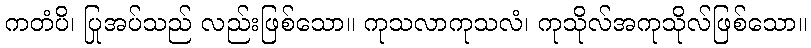
ကတံပိ၊ ပြုအပ်သည် လည်းဖြစ်သော။ ကုသလာကုသလံ၊ ကုသိုလ်အကုသိုလ်ဖြစ်သော။